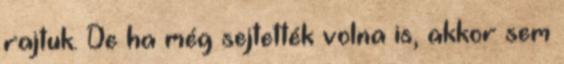
rajtuk. De ha még sejtették volna is, akkor sem